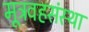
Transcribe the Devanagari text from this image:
मूत्रवहसंस्था